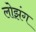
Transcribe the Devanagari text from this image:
लोझंग